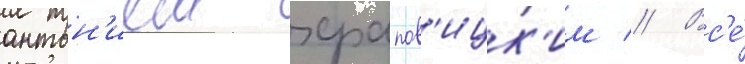
антон'ием храпов'ицк'им // Вс'е́